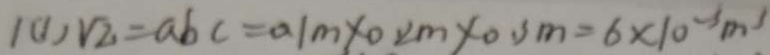
1 ( 1 ) \sqrt { 2 } = a b c = 0 . 1 m \times 0 . 2 m \times 0 . 3 m = 6 \times 1 0 ^ { - 3 } m